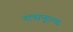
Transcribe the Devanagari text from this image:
नावापुरत्या